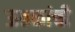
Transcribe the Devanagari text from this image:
ऊतकांची